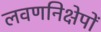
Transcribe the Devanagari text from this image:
लवणनिक्षेपों